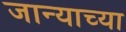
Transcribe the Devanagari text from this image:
जान्याच्या